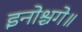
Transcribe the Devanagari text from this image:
इनोश्चगे॥